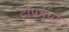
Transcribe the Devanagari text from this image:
टाॅपच्या